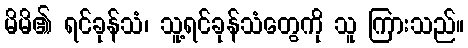
မိမိ၏ ရင်ခုန်သံ၊ သူ့ရင်ခုန်သံတွေကို သူ ကြားသည်။